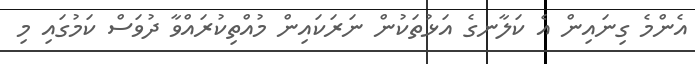
އެންމެ ގިނައިން އެ ކަލާނގެ އަޅުތަކުން ނަރަކައިން މުއްތިކުރައްވާ ދުވަސް ކަމުގައި މި